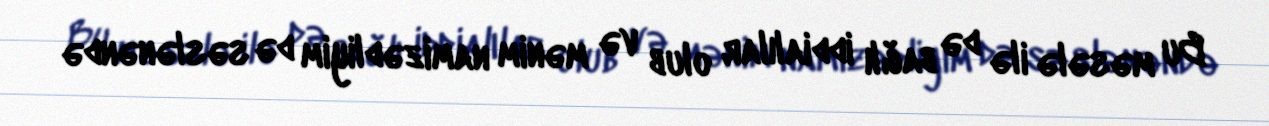
Bu məsələ ilə də bağlı iddialılar olub və mənim namizədliyim də səslənəndə